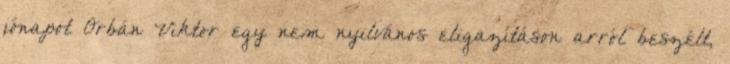
jónapot Orbán Viktor egy nem nyilvános eligazításon arról beszélt,